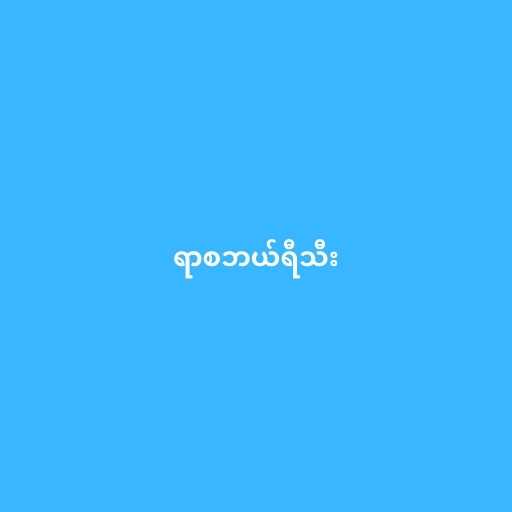
ရာစဘယ်ရီသီး